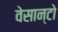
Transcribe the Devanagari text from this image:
वेसान्टो